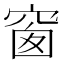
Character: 窗